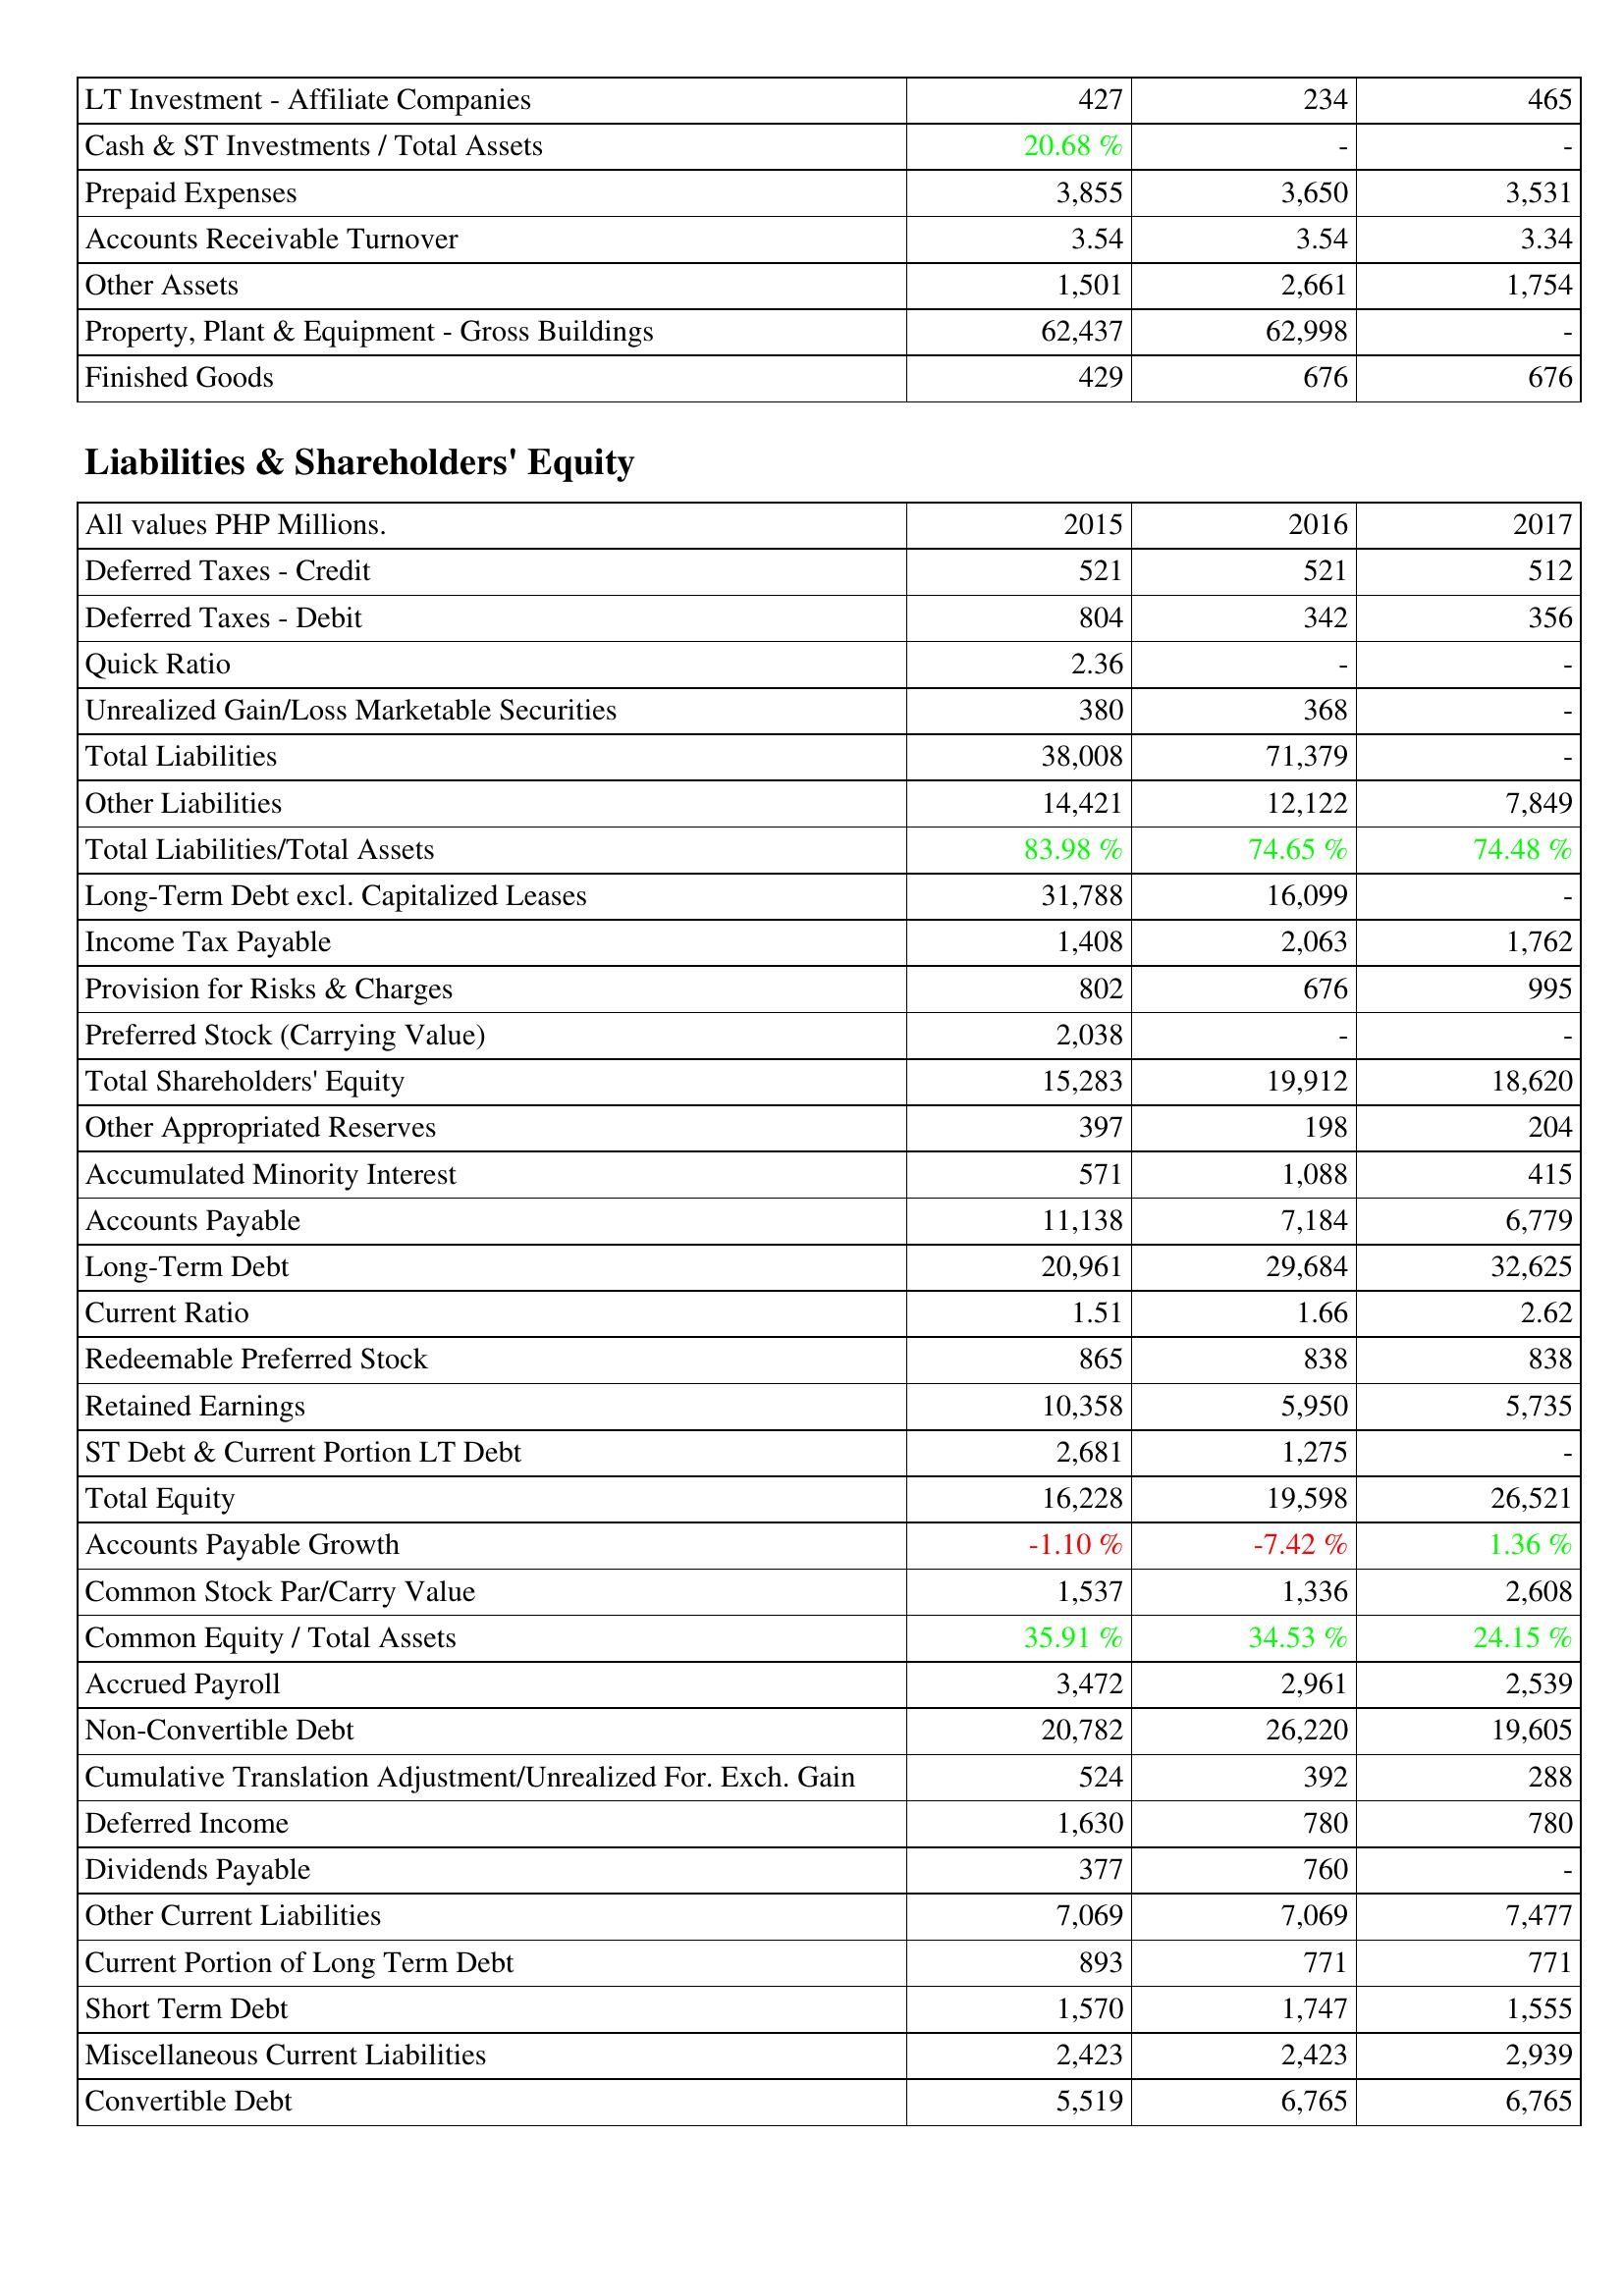
2015: Assets: LT Investment - Affiliate Companies: 427
Cash & ST Investments / Total Assets: 20.68 %
Prepaid Expenses: 3,855
Accounts Receivable Turnover: 3.54
Other Assets: 1,501
Property, Plant & Equipment - Gross Buildings: 62,437
Finished Goods: 429
Liabilities & Shareholders' Equity: Deferred Taxes - Credit: 521
Deferred Taxes - Debit: 804
Quick Ratio: 2.36
Unrealized Gain/Loss Marketable Securities: 380
Total Liabilities: 38,008
Other Liabilities: 14,421
Total Liabilities/Total Assets: 83.98 %
Long-Term Debt excl. Capitalized Leases: 31,788
Income Tax Payable: 1,408
Provision for Risks & Charges: 802
Preferred Stock (Carrying Value): 2,038
Total Shareholders' Equity: 15,283
Other Appropriated Reserves: 397
Accumulated Minority Interest: 571
Accounts Payable: 11,138
Long-Term Debt: 20,961
Current Ratio: 1.51
Redeemable Preferred Stock: 865
Retained Earnings: 10,358
ST Debt & Current Portion LT Debt: 2,681
Total Equity: 16,228
Accounts Payable Growth: -1.10 %
Common Stock Par/Carry Value: 1,537
Common Equity / Total Assets: 35.91 %
Accrued Payroll: 3,472
Non-Convertible Debt: 20,782
Cumulative Translation Adjustment/Unrealized For. Exch. Gain: 524
Deferred Income: 1,630
Dividends Payable: 377
Other Current Liabilities: 7,069
Current Portion of Long Term Debt: 893
Short Term Debt: 1,570
Miscellaneous Current Liabilities: 2,423
Convertible Debt: 5,519
2016: Assets: LT Investment - Affiliate Companies: 234
Cash & ST Investments / Total Assets: -
Prepaid Expenses: 3,650
Accounts Receivable Turnover: 3.54
Other Assets: 2,661
Property, Plant & Equipment - Gross Buildings: 62,998
Finished Goods: 676
Liabilities & Shareholders' Equity: Deferred Taxes - Credit: 521
Deferred Taxes - Debit: 342
Quick Ratio: -
Unrealized Gain/Loss Marketable Securities: 368
Total Liabilities: 71,379
Other Liabilities: 12,122
Total Liabilities/Total Assets: 74.65 %
Long-Term Debt excl. Capitalized Leases: 16,099
Income Tax Payable: 2,063
Provision for Risks & Charges: 676
Preferred Stock (Carrying Value): -
Total Shareholders' Equity: 19,912
Other Appropriated Reserves: 198
Accumulated Minority Interest: 1,088
Accounts Payable: 7,184
Long-Term Debt: 29,684
Current Ratio: 1.66
Redeemable Preferred Stock: 838
Retained Earnings: 5,950
ST Debt & Current Portion LT Debt: 1,275
Total Equity: 19,598
Accounts Payable Growth: -7.42 %
Common Stock Par/Carry Value: 1,336
Common Equity / Total Assets: 34.53 %
Accrued Payroll: 2,961
Non-Convertible Debt: 26,220
Cumulative Translation Adjustment/Unrealized For. Exch. Gain: 392
Deferred Income: 780
Dividends Payable: 760
Other Current Liabilities: 7,069
Current Portion of Long Term Debt: 771
Short Term Debt: 1,747
Miscellaneous Current Liabilities: 2,423
Convertible Debt: 6,765
2017: Assets: LT Investment - Affiliate Companies: 465
Cash & ST Investments / Total Assets: -
Prepaid Expenses: 3,531
Accounts Receivable Turnover: 3.34
Other Assets: 1,754
Property, Plant & Equipment - Gross Buildings: -
Finished Goods: 676
Liabilities & Shareholders' Equity: Deferred Taxes - Credit: 512
Deferred Taxes - Debit: 356
Quick Ratio: -
Unrealized Gain/Loss Marketable Securities: -
Total Liabilities: -
Other Liabilities: 7,849
Total Liabilities/Total Assets: 74.48 %
Long-Term Debt excl. Capitalized Leases: -
Income Tax Payable: 1,762
Provision for Risks & Charges: 995
Preferred Stock (Carrying Value): -
Total Shareholders' Equity: 18,620
Other Appropriated Reserves: 204
Accumulated Minority Interest: 415
Accounts Payable: 6,779
Long-Term Debt: 32,625
Current Ratio: 2.62
Redeemable Preferred Stock: 838
Retained Earnings: 5,735
ST Debt & Current Portion LT Debt: -
Total Equity: 26,521
Accounts Payable Growth: 1.36 %
Common Stock Par/Carry Value: 2,608
Common Equity / Total Assets: 24.15 %
Accrued Payroll: 2,539
Non-Convertible Debt: 19,605
Cumulative Translation Adjustment/Unrealized For. Exch. Gain: 288
Deferred Income: 780
Dividends Payable: -
Other Current Liabilities: 7,477
Current Portion of Long Term Debt: 771
Short Term Debt: 1,555
Miscellaneous Current Liabilities: 2,939
Convertible Debt: 6,765